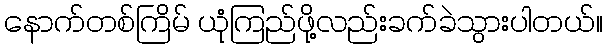
နောက်တစ်ကြိမ် ယုံကြည်ဖို့လည်းခက်ခဲသွားပါတယ်။